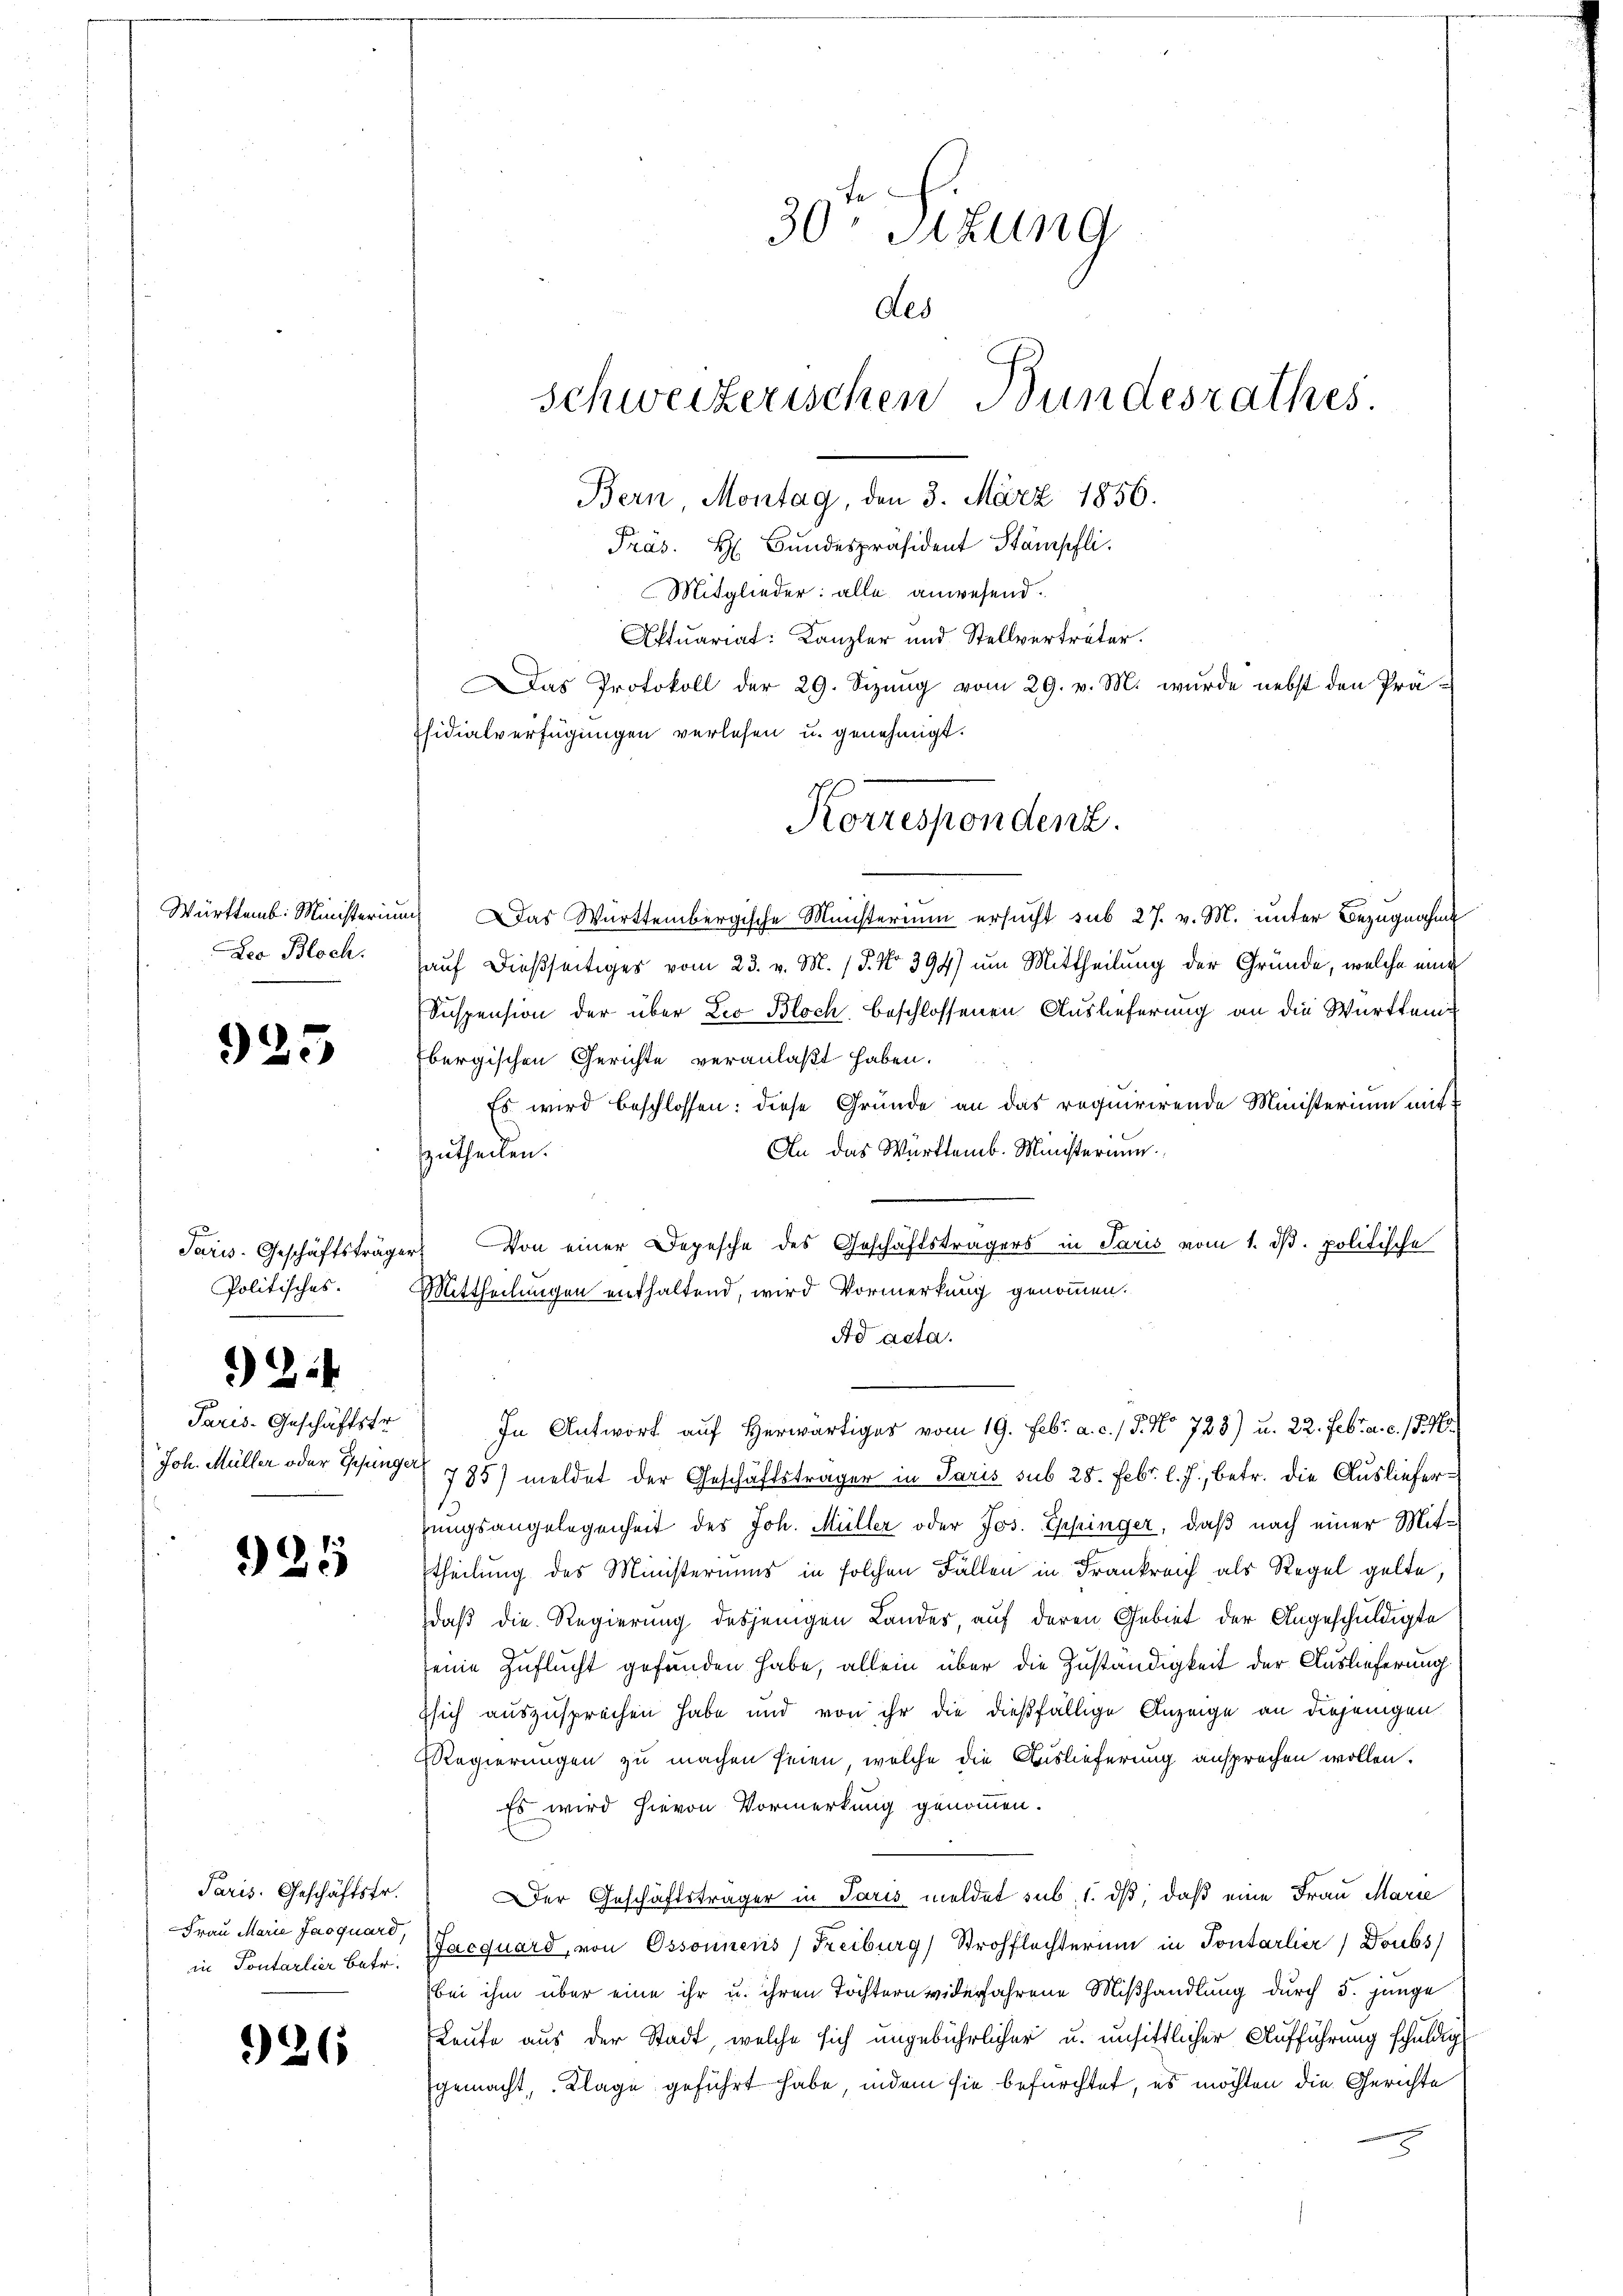
Württemb. Ministerin
Deo Bloch.

925

Paris. Geschäftsträge
Politisches.

92:

Paris-Geschäftstr
Joh. Müller oder Gesung

925

Paris. Geschäftstr.
Frau Marie Jasquard,
in Pontarlier betr.

926

30 Sitzung
Aes
Schweizerischen Bundesrathes
Bern, Montag, den 3. März 1856.

Präs. H. Bundespräsident Stämpfli
Mitglieder: alle anwesend.
Eftuariat: Kanzler und Stellvertreter.
Das Protokoll der 29. Sizŭng vom 29. v. M. wurde nebst den Prä-
fsidialverfügungen verlesen u. genehmigt.
in Das Württembergische Ministerium ersucht sub 27. v. M. unter Bezugnahm
hauf dießseitiges vom 23. v. M. (T. No 394) um Mittheilung der Gründe, welche ein
Suspension der über Leo Bloch, beschlossenen Auslieferung an die Württem¬
Ebergischen Gerichte veranlaßt haben.
Es wird beschlossen: diese Gründe an das requirirende Ministerium mit
An das Württemb. Ministerium
zutheilen.
Von einer Depesche des Geschäftsträgers in Paris vom 1. ds. politische
Mittheilungen enthaltend, wird Vormerkung genommen.
Ad acta.
In Antwort auf Herwärtiges vom 19. Febr. a. c. / 5. No 723) u. 22. Febr. a. c. 18. 765.
ef
785) meldet der Geschäftsträger in Paris sub 28. Febr. l. J., betr. die Auslieferzungsangelegenheit des Joh. Müller oder Jos. Eppinger, daß nach einer Mittheilung des Ministeriums in solchen Fällen in Frankreich als Regel gelte,
daß die Regierung desjenigen Landes auf deren Gebiet der Angeschuldigte
seine Zuflucht gefunden habe, allein über die Zuständigkeit der Auslieferung
zsich auszusprechen habe und von ihr die dießfällige Anzeige an diejenigen
Regierungen zu machen seien, welche die Auslieferung ansprochen wollen.
Es wird hievon Vormerkung genommen.
Der Geschäftsträger in Paris meldet sub. 1. ds, daß eine Frau Marie
Jaequard, von Ossonnens) Freiburg) Strohflechterum in Pontarlier) Doubs
bei ihm über eine ihr u. ihren Töchtern widerfahrene Mißhandlung durch 5. junge
Leute aus der Stadt, welche sich ungebührlicher u. unsittlicher Aufführung schuldig
gemacht, Klage geführt habe, indem sie befürchtet, es möchten die Gerichte

Korrespondenz.